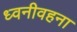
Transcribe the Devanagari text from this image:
ध्वनीवहना